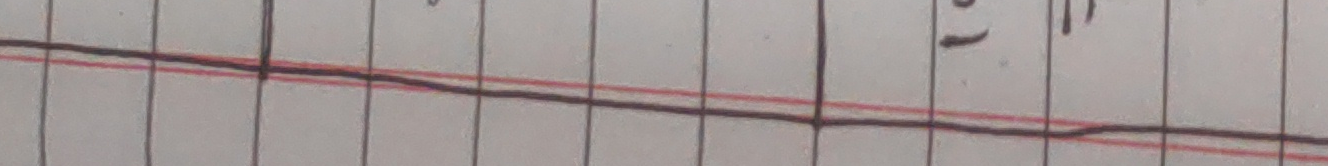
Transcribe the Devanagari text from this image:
०१)